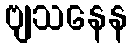
ဗျသနေန